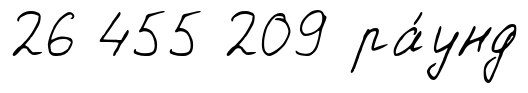
26 455 209 ра́унд